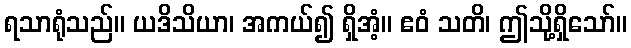
ရသာရုံသည်။ ယဒိသိယာ၊ အကယ်၍ ရှိအံ့။ ဧဝံ သတိ၊ ဤသို့ရှိသော်။